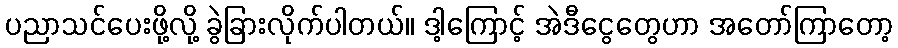
ပညာသင်ပေးဖို့လို့ ခွဲခြားလိုက်ပါတယ်။ ဒါ့ကြောင့် အဲဒီငွေတွေဟာ အတော်ကြာတော့